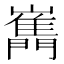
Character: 𡾧